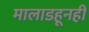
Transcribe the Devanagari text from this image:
मालाडहूनही